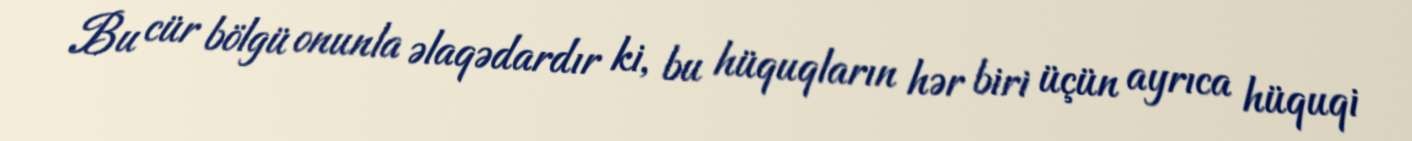
Bu cür bölgü onunla əlaqədardır ki, bu hüquqların hər biri üçün ayrıca hüquqi